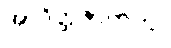
အာဒိတ္ထဇာတက။